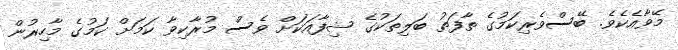
މޭވާއެކެވެ. ބޭސްވެރިކަމުގެ ތާފަތު ބަލިތަކުގެ ޝިފާއަކަށް ވެސް މުރާކިވާ ކަމަށް ކަމުގެ މާހިރުން